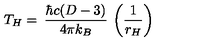
T _ { H } = \: \frac { \hbar c ( D - 3 ) } { 4 \pi k _ { B } } \: \left( \frac { 1 } { r _ { H } } \right)